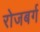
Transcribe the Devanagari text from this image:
रोजबर्ग